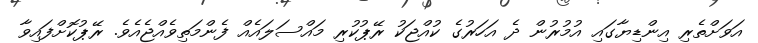
އަވަށްތެރި އިންޑިޔާގައި އުމުރުން ދެ އަހަރުގެ ކުއްޖަކު ރޭޕުކުރި މައްސަލައެއް ފެންމަތިވެއްޖެއެވެ. ރޭޕުކޮށްފައިވާ